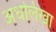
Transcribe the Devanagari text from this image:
अधलिखा